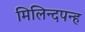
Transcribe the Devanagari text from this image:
मिलिन्दपन्ह